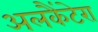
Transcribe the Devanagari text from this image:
अलकैंटेरा